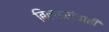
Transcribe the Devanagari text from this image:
बिल्डरांचाही